Civil Veterinary Department Bihar & Orissa reports 1922-29 - 1922-1929
Year: 1922
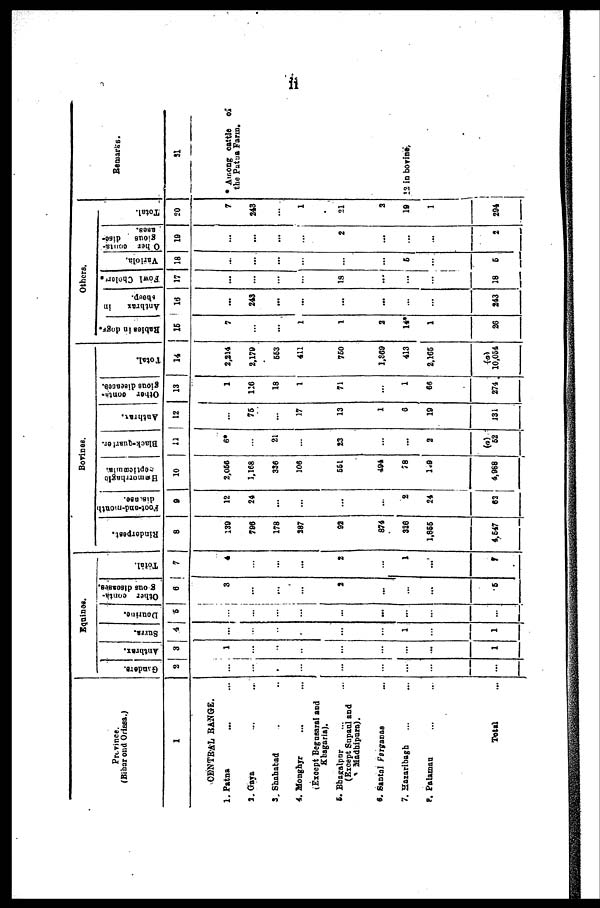
Province.
(Bihar and Orissa.)
1
CENTRAL RANGE.
1. Patna ... ...
3.Gaya ... ...
3. Shahabad ....
4. Monghyr ... ...
(Except Begosarai and
Khagaria).
6. Bhagalpur ... ...
(Except Supaul and
Madhipura).
6. Santal Ferganas ...
7. Hazaribagh ... ...
P. Palamau ... ...
Total ...
Equines.
Gindars.
2
...
...
...
...
...
...
...
...
1
Anthrax.
3
1
...
...
...
...
...
...
...
1
Surra.
4
...
...
...
...
...
...
1
...
1
Dourine.
5
...
...
...
...
...
...
...
...
Other conta-
gious disease.
6
3
...
...
...
2
...
...
...
6
Total.
7
4
...
...
2
...
1
...
6
Borises.
Rinderpest.
8
139
796
178
287
92
874
326
1,855
4,647
Foot-and-mouth
disuse.
9
12
24
...
...
...
...
2
24
63
Hæmorrhagic
.-epticæmis.
10
2,056
1,168
336
106
551
494
78
109
4,968
Black-quarter.
11
6*
...
21
...
23
...
...
2
62
Anthrax.
12
...
76
...
17
13
1
6
19
131
Other contn-
gious diseacese.
13
1
116
18
1
71
....
1
66
274
Total.
14
2,214
2,179
553
411
750
1,369
413
2,166
(a)
10,054
Others.
Babies in dogs.
15
7
...
...
1
1
2
14*
1
26
Anthrax
in
shop.
16
...
243
...
...
...
...
...
...
243
Fowl Cholor',
17
...
...
...
...
18
...
...
...
18
Variola.
18
...
...
...
...
...
...
6
...
5
Other conta-
gious
dise-
ases.
19
...
...
...
...
2
...
...
...
2
Total.
20
7
243
...
1
21
2
10
1
294
Remarks
31
* Among cattle of
the Patua Farm.
12 in bovines-.